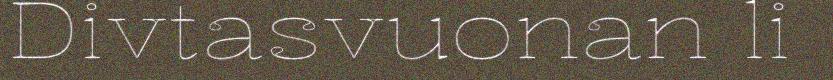
Divtasvuonan li